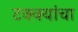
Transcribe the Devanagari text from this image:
टक्क्यांचा